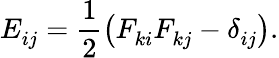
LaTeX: E_{ij}^{\phantom{}}=\frac{1}{2}\left(F_{ki}^{\phantom{}}F_{kj}^{\phantom{}}-\delta_{ij}^{\phantom{}}\right).